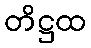
တိဋ္ဌထ